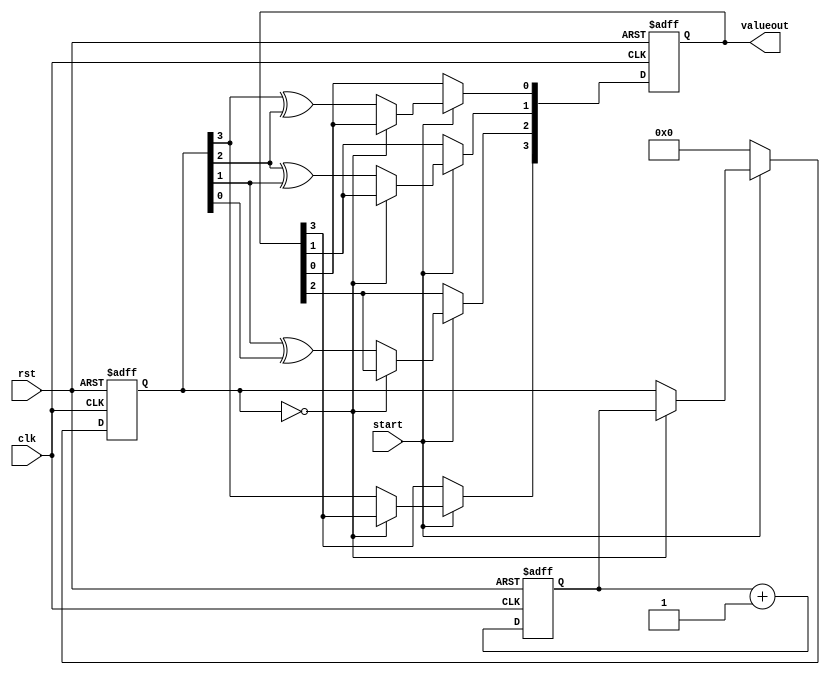
`timescale 1ns / 1ps

module random_8bit(valueout,rst,clk,start);

output reg [3:0]valueout;
input clk, rst, start;

reg [3:0]seedcnt,value;

always@(posedge clk or negedge rst)begin
	if(~rst)
		seedcnt<=0;
	else
		seedcnt<=seedcnt+1;
end

always@(posedge clk or negedge rst)begin
	if(~rst)begin
		valueout<=0;
		value<=0;
	end
	else begin			
		if(start)begin				
			if(value==0)
				value<=seedcnt;
			else begin
				valueout[0]<=value[3]^value[2];
				valueout[1]<=value[2]^value[1];
				valueout[2]<=value[1]^value[0];
				valueout[3]<=value[3];					
			end			
		end
		else begin
			valueout<=valueout;
			value<=0;
		end
	end
end


endmodule